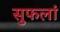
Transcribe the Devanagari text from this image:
सुफलां